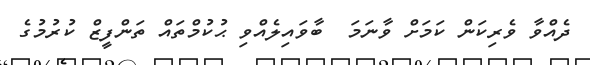
ދެއްވާ ވެރިކަން ކަމަށް ވާނަމަ  ބާވައިލެއްވި ޙުކުމްތައް ތަންފީޒް ކުރުމުގެ